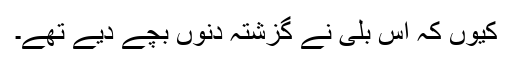
کیوں کہ اِس بلی نے گزشتہ دنوں بچے دیے تھے۔